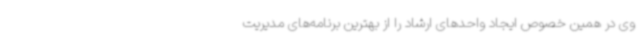
وی در همین خصوص ایجاد واحدهای ارشاد را از بهترین برنامه‌های مدیریت